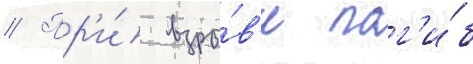
// Пр'и́ взры́в'е пог'и́б